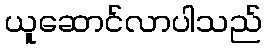
ယူဆောင်လာပါသည်